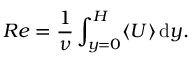
R e = \frac { 1 } { \nu } \int _ { y = 0 } ^ { H } \langle U \rangle \, \mathrm { d } y .